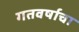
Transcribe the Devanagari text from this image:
गतवर्षाचा